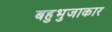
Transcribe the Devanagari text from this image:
बहुभुजाकार